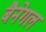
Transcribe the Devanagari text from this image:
बैनेगल